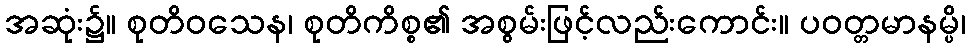
အဆုံး၌။ စုတိဝသေန၊ စုတိကိစ္စ၏ အစွမ်းဖြင့်လည်းကောင်း။ ပဝတ္တမာနမ္ပိ၊